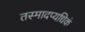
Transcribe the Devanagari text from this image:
तस्मादप्यधिकं